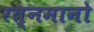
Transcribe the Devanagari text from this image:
रत्नमानो